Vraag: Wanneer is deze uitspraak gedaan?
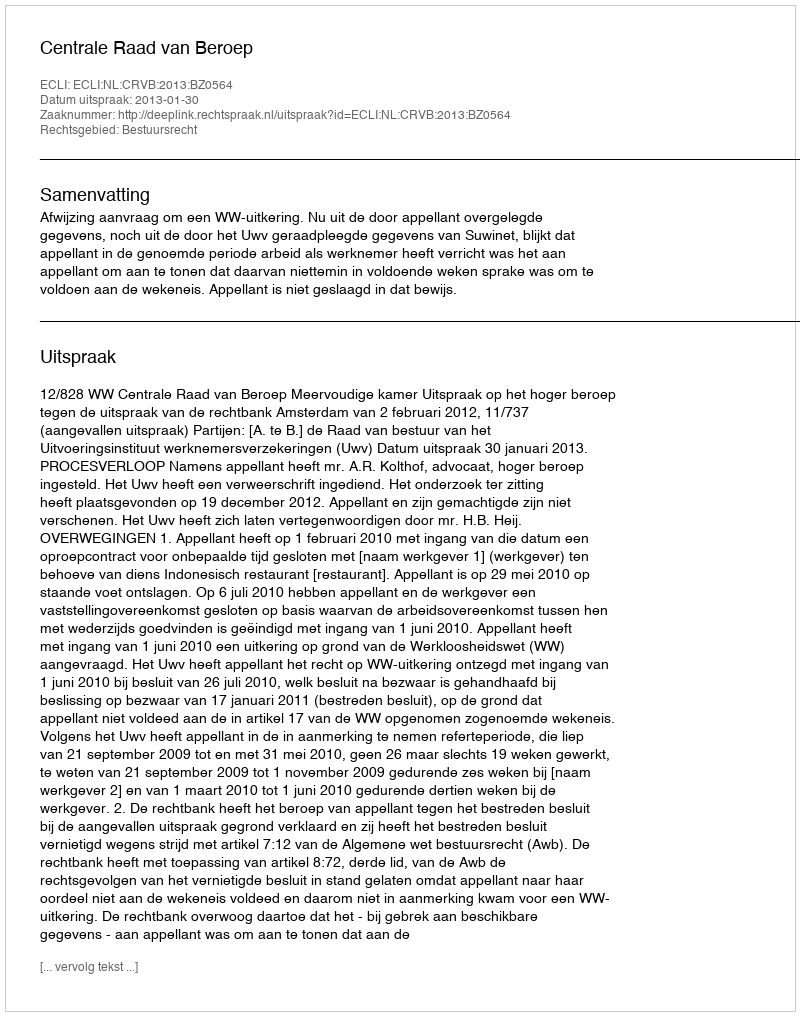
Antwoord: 2013-01-30